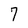
Character: 7